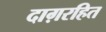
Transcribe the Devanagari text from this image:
दाग़रहित